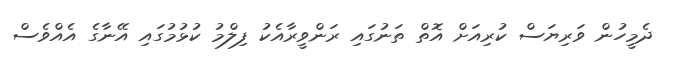
ދެމީހުން ވަރިިޔަސް ކުރިއަށް އޮތް ތަނުގައި ރަންވީރާއެކު ފިލްމު ކުޅުމުގައި އޭނާގެ އެއްވެސް